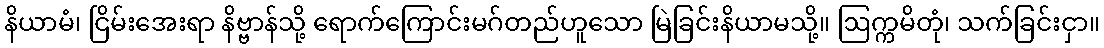
နိယာမံ၊ ငြိမ်းအေးရာ နိဗ္ဗာန်သို့ ရောက်ကြောင်းမဂ်တည်ဟူသော မြဲခြင်းနိယာမသို့။ ဩက္ကမိတုံ၊ သက်ခြင်းငှာ။